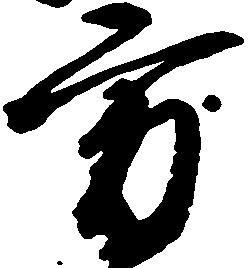
方